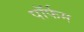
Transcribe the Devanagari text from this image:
पॉर्फम